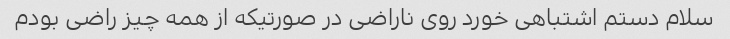
سلام دستم اشتباهی خورد روی ناراضی در صورتیکه از همه چیز راضی بودم